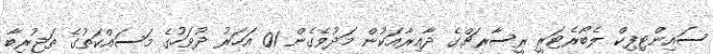
ސައިންޓިފިކް ލެބޯރެޓަރީ ރީސާރޗްގެ ދާއިރާއަކުން މަދުވެގެން 01 އަހަރު ދުވަހުގެ މަސައްކަތުގެ ތަޖުރިބާ